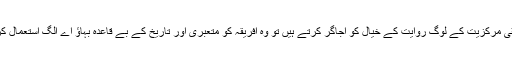
جب افریقی مرکزیت کے لوگ روایت کے خیال کو اجاگر کرتے ہیں تو وہ افریقہ کو متعبری اور تاریخ کے بے قاعدہ بہاؤ اے الگ استعمال کرتے ہیں۔